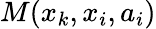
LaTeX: M(x_{k},x_{i},a_{i})